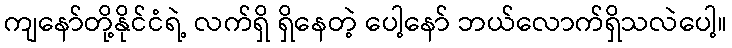
ကျနော်တို့နိုင်ငံရဲ့ လက်ရှိ ရှိနေတဲ့ ပေါ့နော် ဘယ်လောက်ရှိသလဲပေါ့။